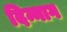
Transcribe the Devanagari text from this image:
दिन्नाग